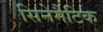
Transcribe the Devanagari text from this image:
सिनेमैटिक